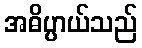
အဓိပ္ပာယ်သည်